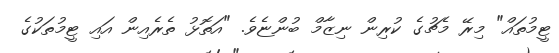
ޓީމުތައް" މިރޭ މެޗުގެ ކުރިން ނިޒާމް ބުންޏެވެ. "އަތޮޅު ތެރެއިން އައި ޓީމުތަކުގެ